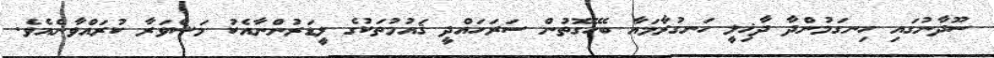
ސޫދާނުގައި ހިނގަމުންދާ ދާޚިލީ ހަނގުރާމައާ ބެހޭގޮތުން ސަރަހައްދީ ޤައުމުތަކުގެ ލީޑަރުންނާއެކު މަޝްވަރާ ކުރައްވާނެއެވެ.